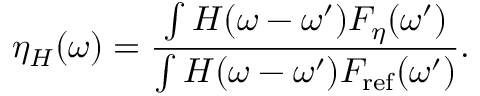
\eta _ { H } ( \omega ) = \frac { \int H ( \omega - \omega ^ { \prime } ) F _ { \eta } ( \omega ^ { \prime } ) } { \int H ( \omega - \omega ^ { \prime } ) F _ { \mathrm { r e f } } ( \omega ^ { \prime } ) } .